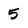
Character: 5